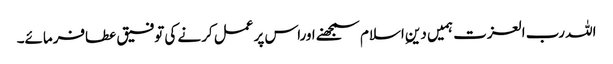
اللہ رب العزت ہمیں دینِ اسلام سمجھنے اوراس پر عمل کرنے کی توفیق عطافرمائے۔